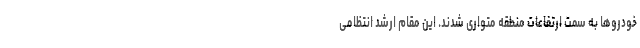
خودروها به سمت ارتفاعات منطقه متواری شدند. این مقام ارشد انتظامی